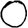
Digit: 0